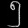
Digit: ၅